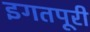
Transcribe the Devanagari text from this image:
इगतपूरी